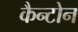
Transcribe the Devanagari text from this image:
कैन्टोन